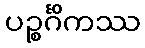
ပဉ္စင်္ဂိကဿ